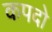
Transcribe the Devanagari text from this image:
कपदो